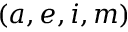
( a , e , i , m )